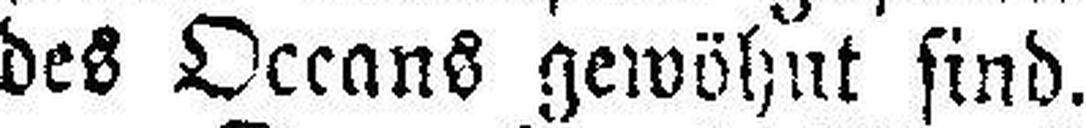
des Oceans gewöhnt sind.